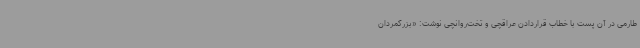
طارمی در آن پست با خطاب قراردادن عراقچی و تخت‌روانچی نوشت: «بزرگمردان